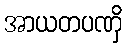
အာယတပဏှိ